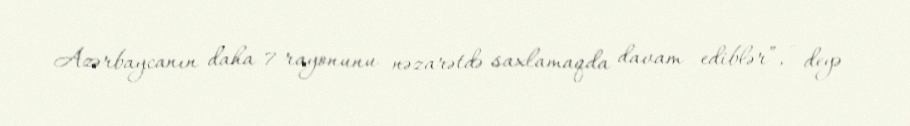
Azərbaycanın daha 7 rayonunu nəzarətdə saxlamaqda davam ediblər”, - deyə